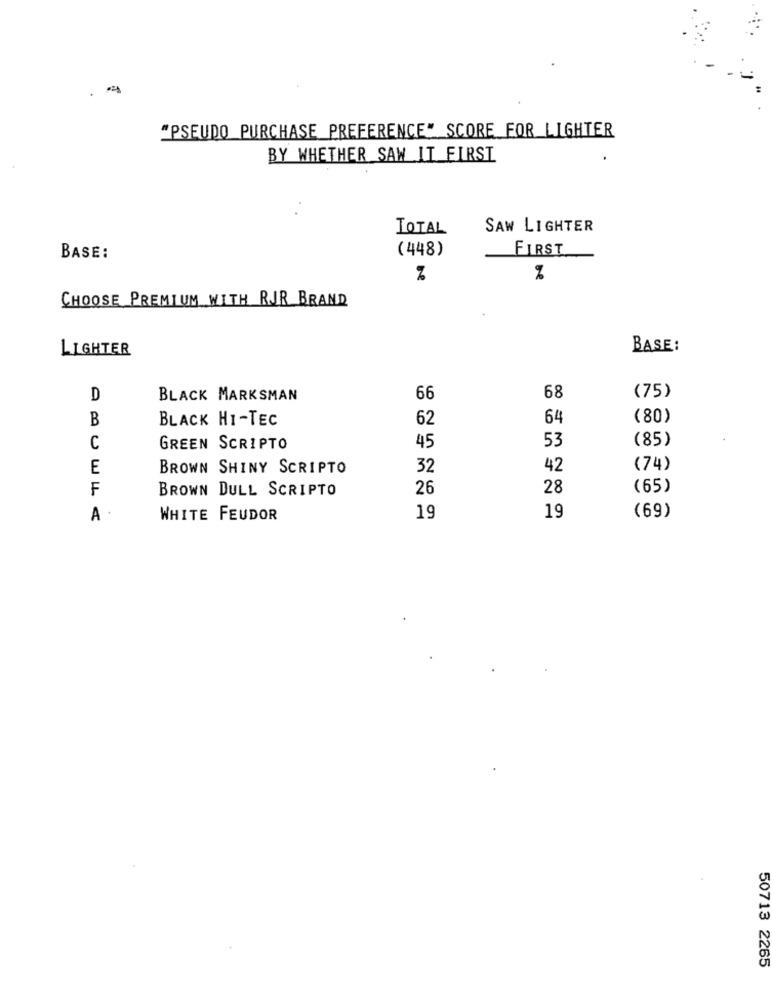
.
"PSEUDO PURCHASE PREFERENCE" SCORE FOR LIGHTER
BY WHETHER SAW IT FIRST
TOTAL
SAW LIGHTER
(448)
FIRST
BASE:
%
CHOOSE PREMIUM WITH RJR BRAND
LIGHTER
BASE:
(75)
D
BLACK MARKSMAN
66
68
B
BLACK HI-TEC
62
64
(80)
53
(85)
C
GREEN SCRIPTO
45
E
BROWN SHINY SCRIPTO
32
42
(74)
F
BROWN DULL SCRIPTO
26
28
(65)
A .
WHITE FEUDOR
19
19
(69)
50713 2265